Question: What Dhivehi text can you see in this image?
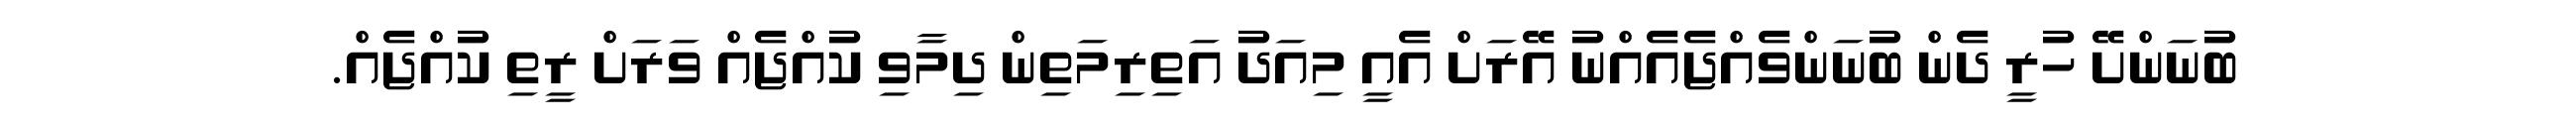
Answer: ބުނަންށޭ ހުރީ ދެން ބުނަންވެއްޖެއެއްނު އޭރަށް އެއީ މިއަދު އަތިރިމަތިން ދިމާވި ކުއްޖެއް ވަރަށް ރީތި ކުއްޖެއް.